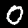
Digit: 0